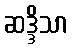
ဆဒ္ဒိသာ